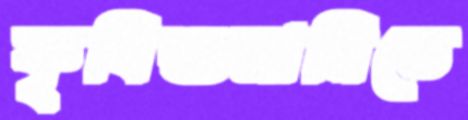
কৃষিশুমারিতে